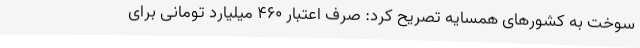
سوخت به کشورهای همسایه تصریح کرد: صرف اعتبار 460 میلیارد تومانی برای